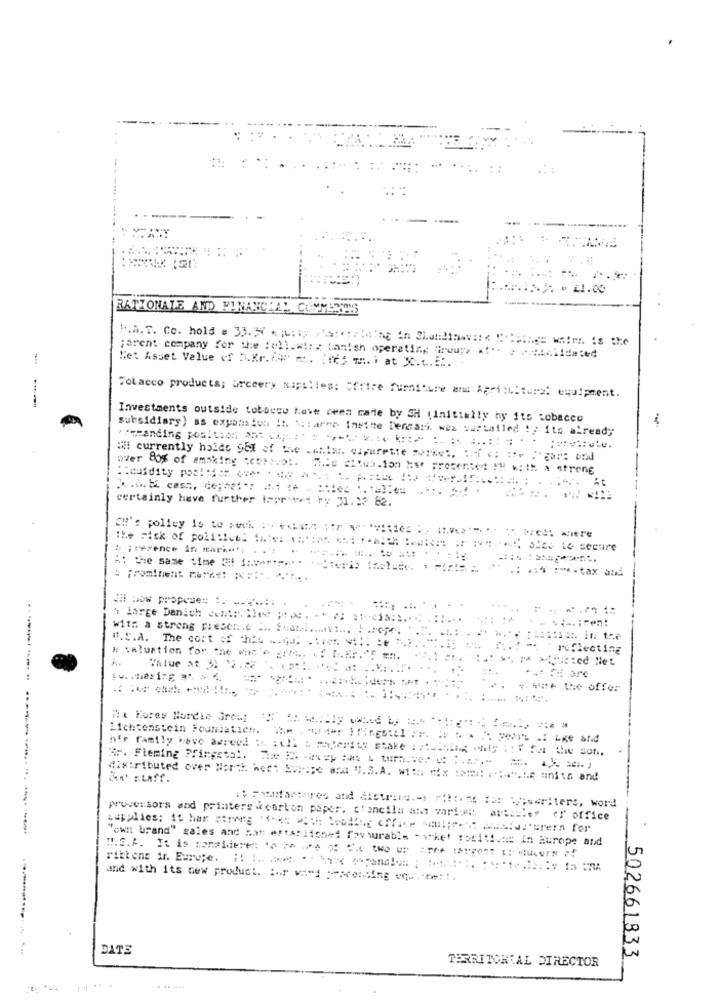
: MEANT
.00
RATIONALE AND FINANCEAL COMMISES
1.A.T. Co. hold a 33.36 emily osporzhetne in Claudinevite Etplage wales is the
Net Asset Value of b.Kr. C ... .. [rey TH. i at "C.c ..... .
;arent company for the following tanish operating Groups .:- ) chciidet
Tobacco products; urceery Napilies: office furniture and Aprintitwie: equipment.
Investments outside tobbeco have been care by SH (Initially hy its tobacco
subsidiary) as expansion it :: area insine Dencari. wex curtailed !: ito already
over 80% of amsking :ces vot.
Me siwa.ion her presented !! with a strong
certainly have further trorved ry 31.12 82.
CH's policy is to wwith :. ..:: :: r $=1.
the risk of poli:ice. fh:e: . .:
prevence in mark **:
: the same time (! 1 :.******* * *- Sterio inclus
.: 25 :-*- tax and
!! wow propose :: :. ....... .
' large Danich contr. Ilest ;. -* * * 1-41
with a strong presen .. ... S.at ....... vi ... . .. cpe.
U.S.A. The cost of his -.... ...== ==:: Le
reflecting
k valuation for the who ^ fre, .: D.R.r."
Value at 3: 12.27 . 2:1 1
... fui are
*. *** the offer
De Fores Nordic Grout
Lichtenstein Foumiatient.
his family have agreed :. : ill & #hierity stake : ::. thing while : : " for the son.
AF. Fleming Pfingsts !.
Ar ELff.
distributed over North her: Surepe ara "I.S.A. ::: #x :**** *****.; uni16 and
processors and printers carton paper. stencila ait variomit artesley cr office
"own brand" gales and hat estar itonet favorable - wket fotit! ::: In Europe and
and with its new product. tor wand Descending wcem ::
DATE
502661833
TERRITORIAL DIRECTOR